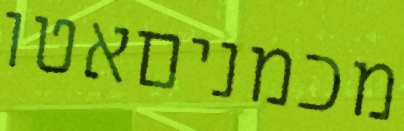
מכמניםאטו